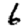
Digit: 6